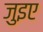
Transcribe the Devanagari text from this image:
जुइए